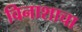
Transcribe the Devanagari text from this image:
विनाशाचा